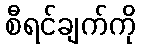
စီရင်ချက်ကို